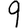
Digit: 9